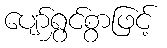
ပျော်ရွှင်စွာဖြင့်